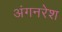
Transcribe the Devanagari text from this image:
अंगनरेश